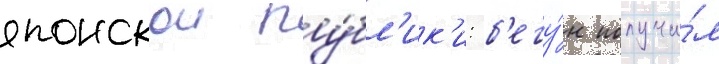
японскои пу́бл'ик'и: б'егу́н получи́л